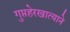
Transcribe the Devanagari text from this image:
गुप्तहेरखात्याने